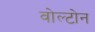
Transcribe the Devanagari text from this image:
वोल्टोन